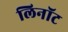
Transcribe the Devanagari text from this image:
लिनॉट